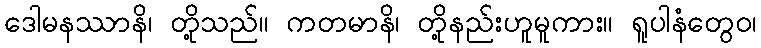
ဒေါမနဿာနိ၊ တို့သည်။ ကတမာနိ၊ တို့နည်းဟူမူကား။ ရူပါနံတွေဝ၊